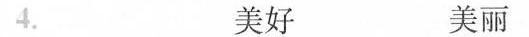
4. 美好 美丽